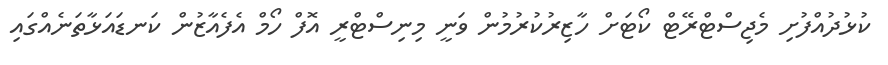
ކުޅުދުއްފުށި މެޖިސްޓްރޭޓް ކޯޓަށް ހާޒިރުކުރުމުން ވަނީ މިނިސްޓްރީ އޮފް ހޯމް އެފެއާޒުން ކަނޑައަޅާތަނެއްގައި